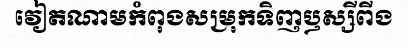
វៀតណាមកំពុងសម្រុកទិញឫស្សីពីង